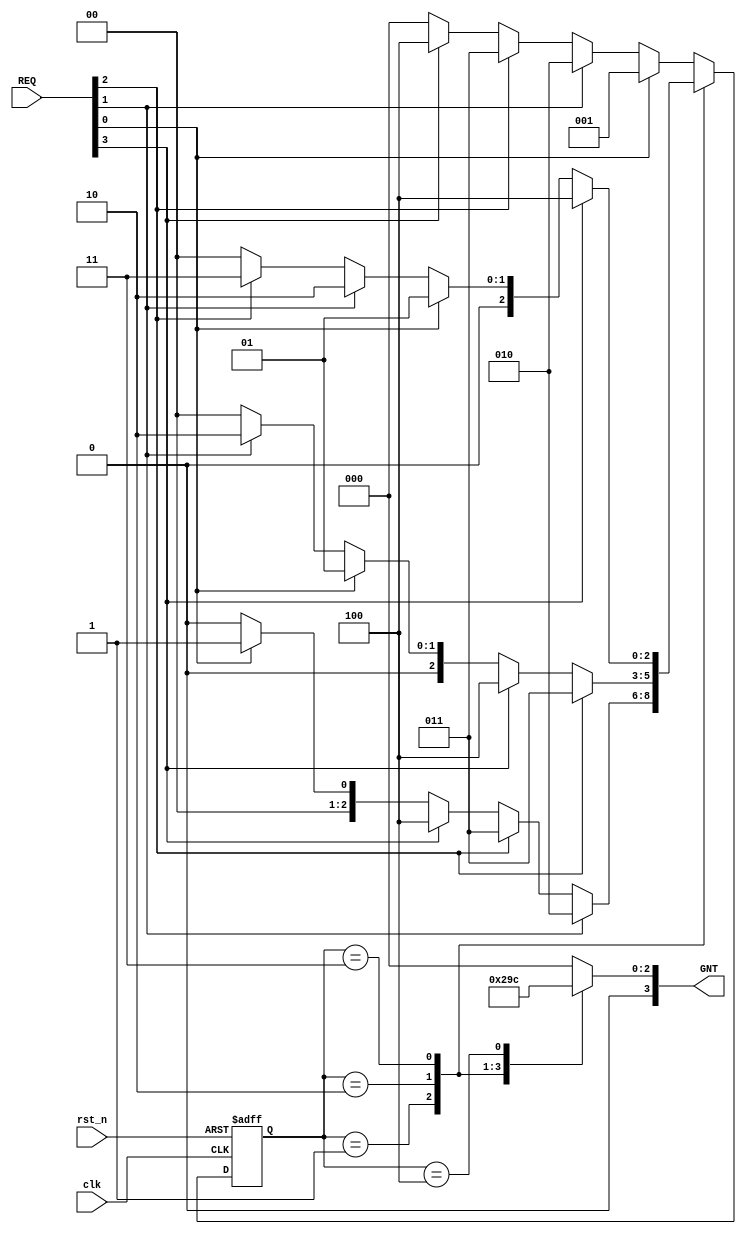
`timescale 1ns / 1ps
//////////////////////////////////////////////////////////////////////////////////
// Design Name: 
// Module Name:    roundrobin_arbiter 
// Author Name:    Ummidi Chandrika

//////////////////////////////////////////////////////////////////////////////////
module roundrobin_arbiter(
input clk,rst_n,
input [3:0] REQ,
output reg [3:0] GNT
    );
    reg[2:0] pr_state;
    reg[2:0] nxt_state;
    
    parameter [2:0] Sideal = 3'b000;
    parameter [2:0]     S0 = 3'b001;
    parameter [2:0]     S1 = 3'b010;
    parameter [2:0]     S2 = 3'b011;
    parameter [2:0]     S3 = 3'b100;
    
    always @(posedge clk or negedge rst_n)
    
    begin
    if(!rst_n)
     pr_state <= Sideal;
     else 
      pr_state <=nxt_state;
     end
      
    always@(*)
    begin   
          case(pr_state) 
            Sideal:
                     begin 
                         if(REQ[0])
                             nxt_state = S0;
                         else if (REQ[1])
                              nxt_state = S1;
                         else if (REQ[2])
                            nxt_state = S2;
                         else if (REQ[3])
                            nxt_state = S3;
                          else 
                             nxt_state =Sideal;
                     end 
               S0: 
                     begin   
                         if (REQ[1])
                            nxt_state = S1;
                         else if (REQ[2])
                            nxt_state = S2;
                         else if (REQ[3])
                              nxt_state = S3;
                         else if(REQ[0])
                             nxt_state =S0;
                         else 
                             nxt_state =Sideal;
                     end 
            
               S1: 
                     begin   
                          if (REQ[2])
                            nxt_state = S2;
                         else if (REQ[3])
                              nxt_state = S3;
                         else if(REQ[0])
                             nxt_state =S0;
                           else if (REQ[1])
                            nxt_state = S1;
                            else 
                             nxt_state =Sideal;
                     end 
               S2: 
                     begin   
                        if (REQ[3])
                              nxt_state = S3;
                         else if(REQ[0])
                             nxt_state =S0;
                           else if (REQ[1])
                            nxt_state = S1;
                            else if (REQ[2])
                            nxt_state = S2;
                            else 
                             nxt_state =Sideal;
                     end 
                 S3: 
                     begin   
                            if(REQ[0])
                             nxt_state =S0;
                           else if (REQ[1])
                            nxt_state = S1;
                            else if (REQ[2])
                            nxt_state = S2;
                            else if (REQ[3])
                              nxt_state = S3;
                            else 
                             nxt_state =Sideal;
                     end 
                    default: 
                     begin 
                         if(REQ[0])
                             nxt_state = S0;
                         else if (REQ[1])
                              nxt_state = S1;
                         else if (REQ[2])
                            nxt_state = S2;
                         else if (REQ[3])
                            nxt_state = S3;
                          else 
                             nxt_state =Sideal;
                    end
       endcase         
         
 end         
          
    always @(*)
     begin
        case (pr_state)
        S0: GNT=4'b0001;
        S1: GNT=4'b0010;
        S2: GNT=4'b0011;
        S3: GNT=4'b0100;
        default: GNT=4'b0000;
        endcase
     end
    

    
endmodule